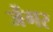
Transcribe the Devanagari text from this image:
जेंगर